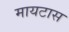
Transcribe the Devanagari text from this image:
मायटास